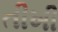
તીખી